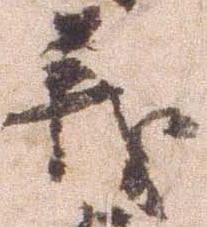
義